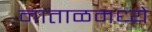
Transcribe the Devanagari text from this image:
नाताळमध्ये